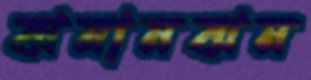
ঝনানঝন